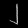
Digit: ၂